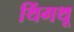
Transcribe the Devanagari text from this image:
थिंगथू